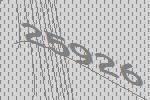
25926